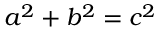
a ^ { 2 } + b ^ { 2 } = c ^ { 2 }